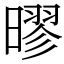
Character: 㬔